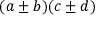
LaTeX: ( a \pm b ) ( c \pm d )